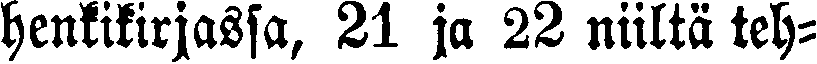
henkikirjassa, 21 ja 22 niiltä teh-